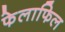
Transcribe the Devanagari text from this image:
फेलाफिल